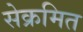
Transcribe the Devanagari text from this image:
सेक्रमित